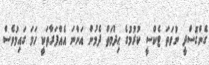
ގެންގޮސްދީ ނުވަތަ ޓެކްސީ ކުރުމުގެ ޙިދުމަތް ދެމުން އަންނަ އެއްފަރާތަކީ ހަމަ ގައިމުވެސް